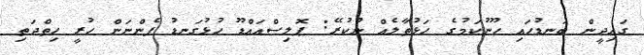
ގައިދީން ބަނޑުހައި ހޫނުކަމުގެ ހަޅުތާލެއް ނުކުރޭ: ޕޮލިސްއައްޑޫ ހުޅުގަނޑު ފެންނަން ހުރީ ހިތްދަތި